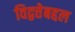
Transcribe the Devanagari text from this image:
विद्वत्तेबद्दल